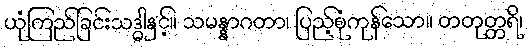
ယုံကြည်ခြင်းသဒ္ဓါနှင့်။ သမန္နာဂတာ၊ ပြည့်စုံကုန်သော။ တတုတ္တရိ၊